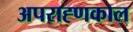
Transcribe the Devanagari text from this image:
अपराह्णकाल